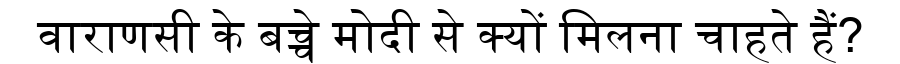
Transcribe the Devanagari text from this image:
वाराणसी के बच्चे मोदी से क्यों मिलना चाहते हैं?